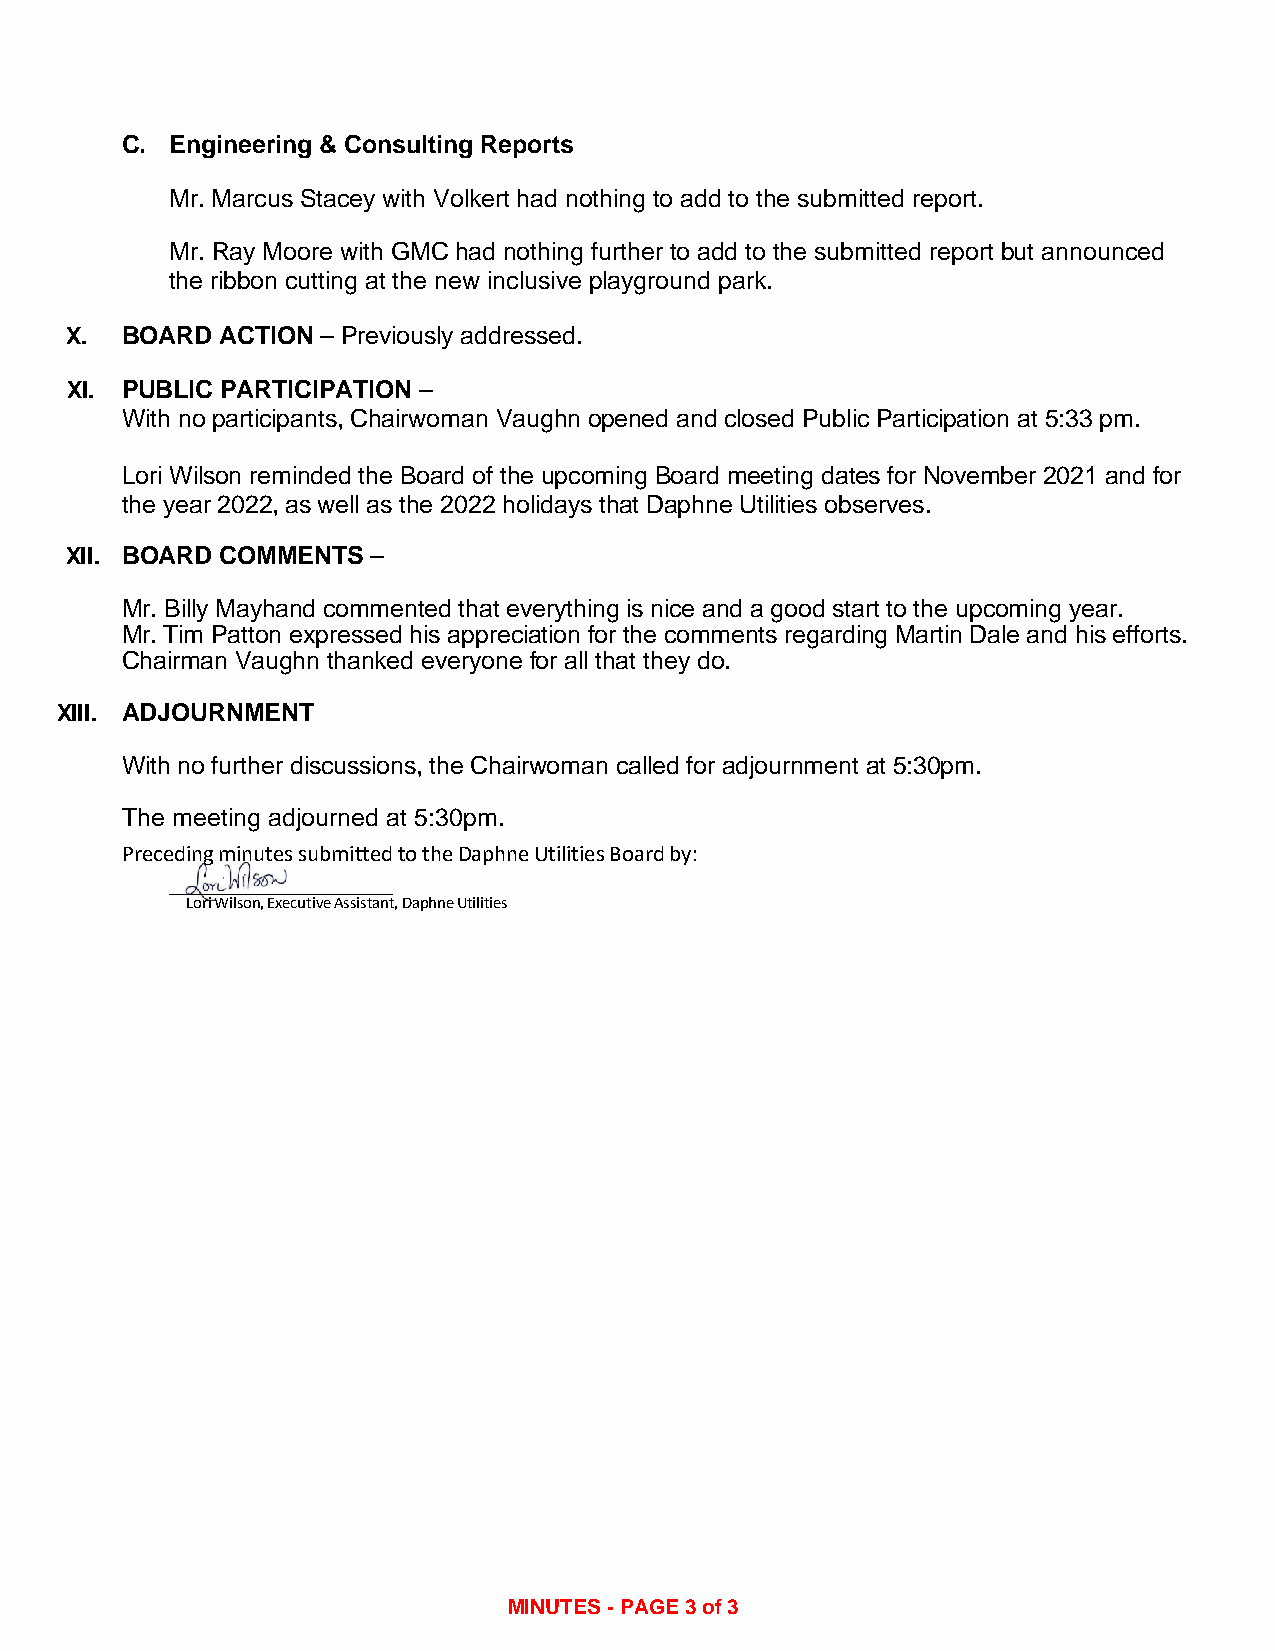
C. Engineering & Consulting Reports
 Mr. Marcus Stacey with Volkert had nothing to add to the submitted report.
 Mr. Ray Moore with GMC had nothing further to add to the submitted report but announced
 the ribbon cutting at the new inclusive playground park.
 X.  BOARD  ACTION – Previously addressed.
 XI. PUBLIC PARTICIPATION –
 With no participants, Chairwoman Vaughn opened and closed Public Participation at 5:33 pm.
 Lori Wilson reminded the Board of the upcoming Board meeting dates for November 2021 and for
 the year 2022, as well as the 2022 holidays that Daphne Utilities observes.
 XII. BOARD COMMENTS  –
 Mr. Billy Mayhand commented that everything is nice and a good start to the upcoming year.
 Mr. Tim Patton expressed his appreciation for the comments regarding Martin Dale and his efforts.
 Chairman Vaughn thanked everyone for all that they do.
 XIII. ADJOURNMENT
 With no further discussions, the Chairwoman called for adjournment at 5:30pm.
 The meeting adjourned at 5:30pm.
 Preceding minutes submitted to the Daphne Utilities Board by:
 Lori Wilson, Executive Assistant, Daphne Utilities
 MINUTES - PAGE 3 of 3